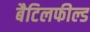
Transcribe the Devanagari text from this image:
बैटिलफील्ड